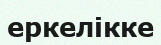
еркелікке